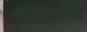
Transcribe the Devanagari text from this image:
फ्रांसिस्कोके